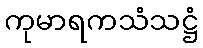
ကုမာရကသံသဋ္ဌံ